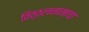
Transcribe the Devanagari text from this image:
विठ्ठलनामाचा